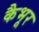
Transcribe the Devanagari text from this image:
कैभूर